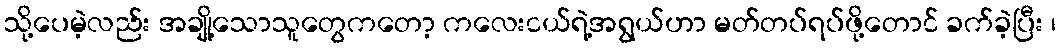
သို့ပေမဲ့လည်း အချို့သောသူတွေကတော့ ကလေးငယ်ရဲ့အရွယ်ဟာ မတ်တပ်ရပ်ဖို့တောင် ခက်ခဲ့ပြီး ၊